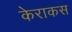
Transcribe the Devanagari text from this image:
केराकस